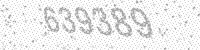
Solution: 639389